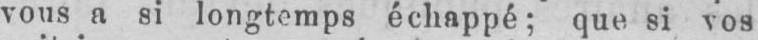
vous a si longtemps échappé; que si vos